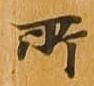
所